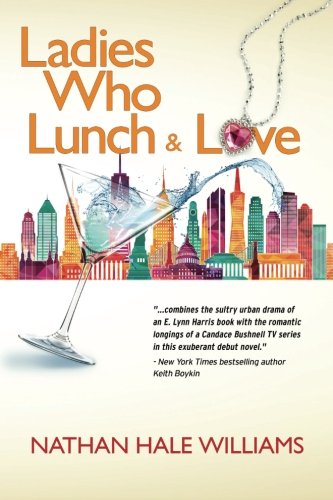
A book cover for Ladies Who Lunch & Love: a novel; Nathan Hale Williams; Literature & Fiction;